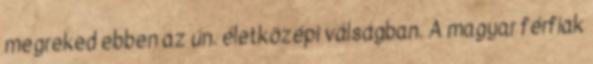
megreked ebben az ún. életközépi válságban. A magyar férfiak